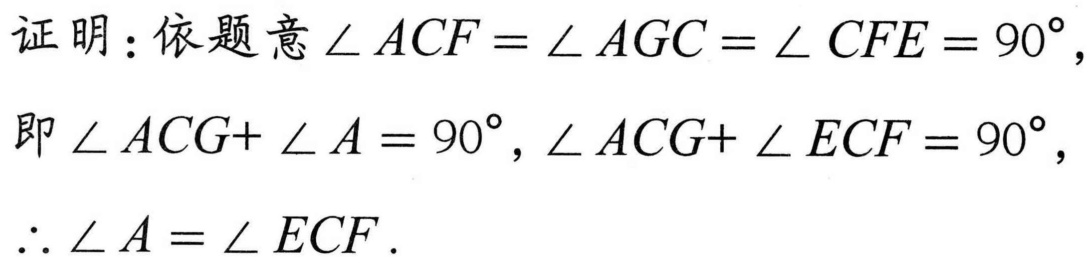
证明：依题意\(\angle ACF=\angle AGC = \angle CFE = 90^{\circ}\)，
即\(\angle ACG+\angle A = 90^{\circ},\angle ACG+\angle ECF = 90^{\circ}\)，
\(\therefore\angle A=\angle ECF\).